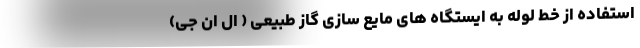
استفاده از خط لوله به ایستگاه های مایع سازی گاز طبیعی ( ال ان جی)